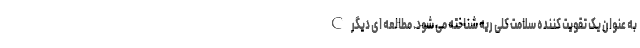
C به عنوان یک تقویت کننده سلامت کلی ریه شناخته می شود. مطالعه ای دیگر